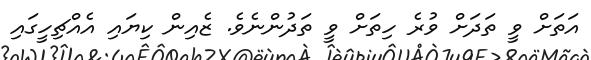
އަތަށް ވީ ތަދަށް ވުރެ ހިތަށް ވީ ތަދުންނެވެ. ޒެއިން ކިޔައި އެއްޗިހީގައި